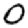
Digit: 0